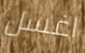
اغسل